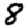
Digit: 8